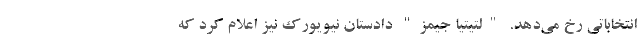
انتخاباتی رخ می‌دهد. "لتیتیا جیمز" دادستان نیویورک نیز اعلام کرد که